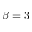
\beta = 3